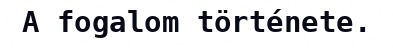
A fogalom története.